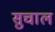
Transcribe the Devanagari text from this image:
सुचाल